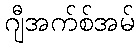
ဂျီအက်စ်အမ်